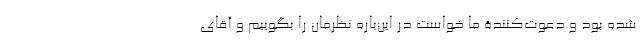
شده بود و دعوت‌کنندۀ ما خواست در این‌باره نظر‌مان را بگوییم و آقای